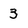
Character: 3